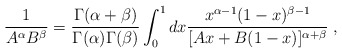
\begin{align*}\frac{1}{A^\alpha B^\beta}= \frac{\Gamma (\alpha+\beta)}{\Gamma(\alpha) \Gamma (\beta)} \int_0^1 dx\frac{x^{\alpha-1} (1-x)^{\beta-1}}{[Ax + B(1-x)]^{\alpha+\beta}}\;,\end{align*}